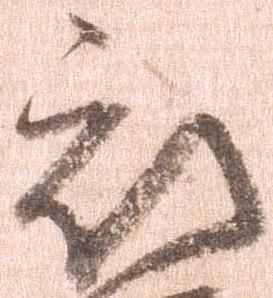
被